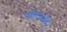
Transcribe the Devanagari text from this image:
खनिजविद्